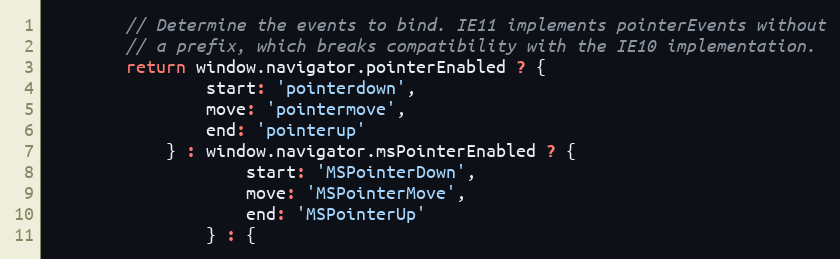
Language: JavaScript
        // Determine the events to bind. IE11 implements pointerEvents without
        // a prefix, which breaks compatibility with the IE10 implementation.
        return window.navigator.pointerEnabled ? {
                start: 'pointerdown',
                move: 'pointermove',
                end: 'pointerup'
            } : window.navigator.msPointerEnabled ? {
                    start: 'MSPointerDown',
                    move: 'MSPointerMove',
                    end: 'MSPointerUp'
                } : {